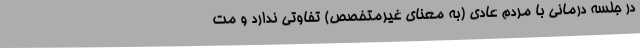
در جلسه درمانی با مردم عادی (به معنای غیرمتخصص) تفاوتی ندارد و مت